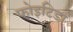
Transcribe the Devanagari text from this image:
फोइटिडा